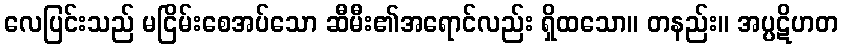
လေပြင်းသည် မငြိမ်းစေအပ်သော ဆီမီး၏အရောင်လည်း ရှိထသော။ တနည်း။ အပ္ပဋိဟတ